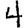
Digit: 4